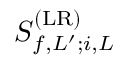
{ S } _ { f , L ^ { \prime } ; i , L } ^ { ( \mathrm { L R } ) }